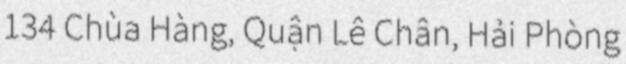
134 Chùa Hàng, Quận Lê Chân, Hải Phòng